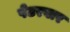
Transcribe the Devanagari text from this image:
पेटरवार